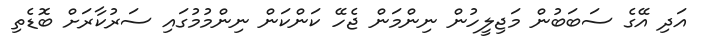
އަދި އޭގެ ސަބަބުން މަޖިލީހުން ނިންމަން ޖެހޭ ކަންކަން ނިންމުމުގައި ސަރުކާރަށް ބޮޑެތި